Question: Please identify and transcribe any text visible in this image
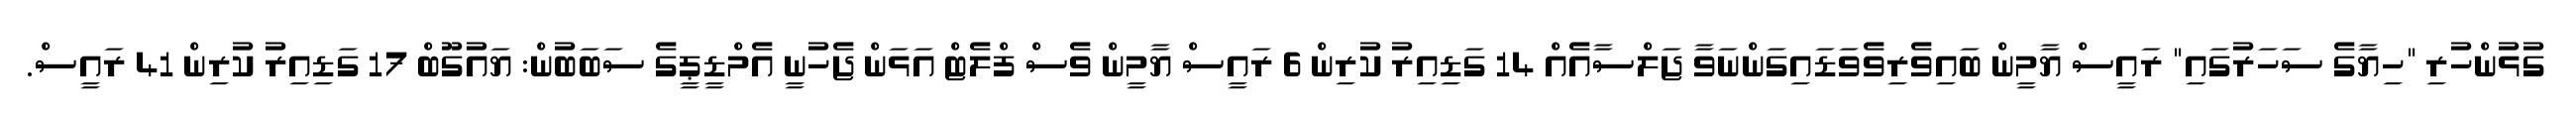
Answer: ގުޅުންހުރި "ހިޔާގެ ސަހަރުގައި" ރައީސް ޔާމީން ބައިވެރިވެވަޑައިގަންނަވާ ޖަލްސާއެއް 14 ގަޑިއިރު ކުރިން 6 ރައީސް ޔާމީން ވެސް ފްލެޓް އަޅަން ޖެހުނީ އެމްޑީޕީގެ ސަބަބުން: ޔައުގޫބް 17 ގަޑިއިރު ކުރިން 41 ރައީސް.